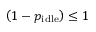
\left( 1 - p _ { \mathrm { i d l e } } \right) \le 1